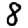
Digit: 8